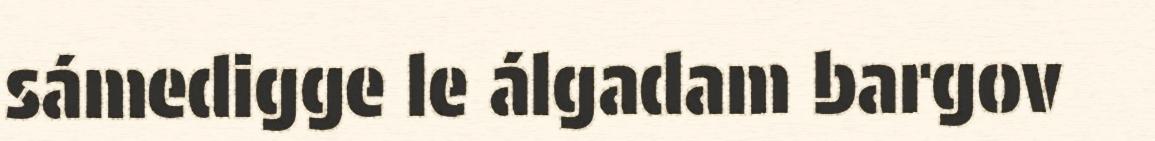
sámedigge le álgadam bargov